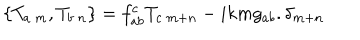
LaTeX: \left\{ T _ { a \ m } , T _ { b \ n } \right\} = f _ { a b } ^ { c } T _ { c \ m + n } - i k m g _ { a b } . \delta _ { m + n }